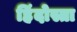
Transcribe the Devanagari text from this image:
हिंदोस्ता